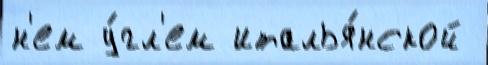
н'ем у́гл'ем италья́нской